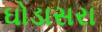
ઘોડાસરા